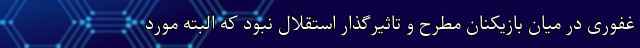
غفوری در میان بازیکنان مطرح و تاثیرگذار استقلال نبود که البته مورد